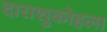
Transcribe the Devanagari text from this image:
दाराशुकोहला